Annual returns of the Patna Lunatic Asylum at Bankipore in Bihar and Orissa - 1912-1924
Year: 1912
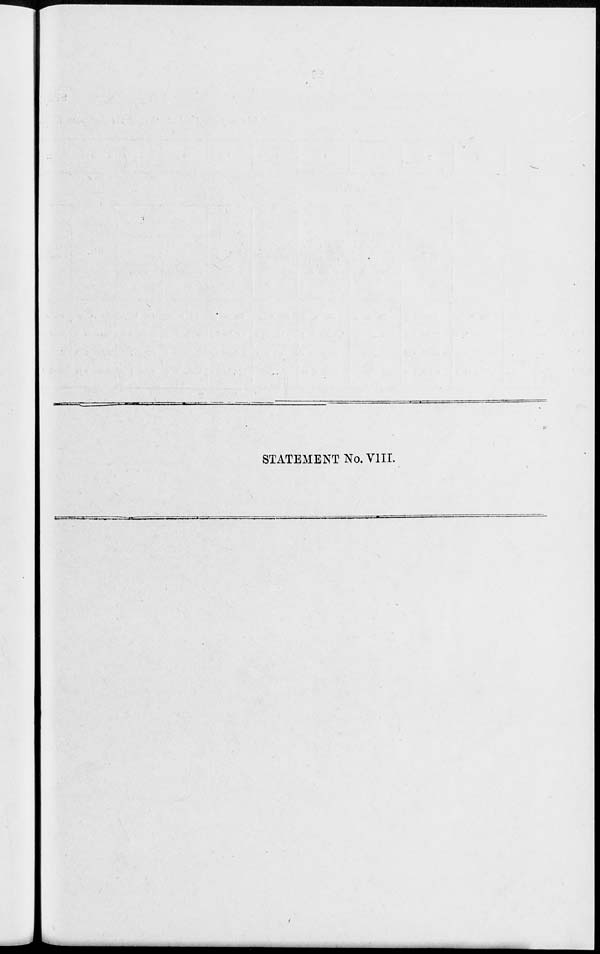
STATEMENT No. VIII.